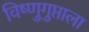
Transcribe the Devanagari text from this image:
विष्णुगुप्ताला